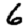
Digit: 6